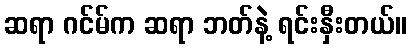
ဆရာ ဂင်မ်က ဆရာ ဘတ်နဲ့ ရင်းနှီးတယ်။